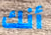
أنك